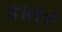
કાતર